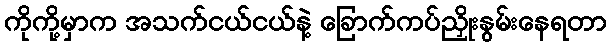
ကိုကို့မှာက အသက်ငယ်ငယ်နဲ့ ခြောက်ကပ်ညှိုးနွမ်းနေရတာ